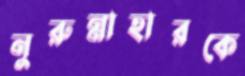
নুরুন্নাহারকে